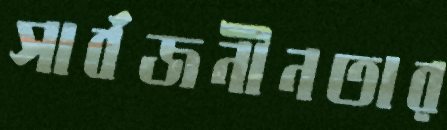
সার্বজনীনতার